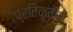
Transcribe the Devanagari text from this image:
प्रतिकृतीने